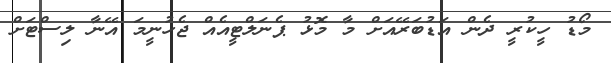
މޯޑު ހީކުރީ ދެން އަޑުބަރޭއަށް މާ މޮޅު ޕެނަލްޓީއެއް ޖެހުނީމަ އޭނާ ލިސްޓަށް